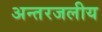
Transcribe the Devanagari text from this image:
अन्‍तरजलीय